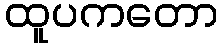
ထူပကတော